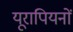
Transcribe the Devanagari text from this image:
यूरापियनों